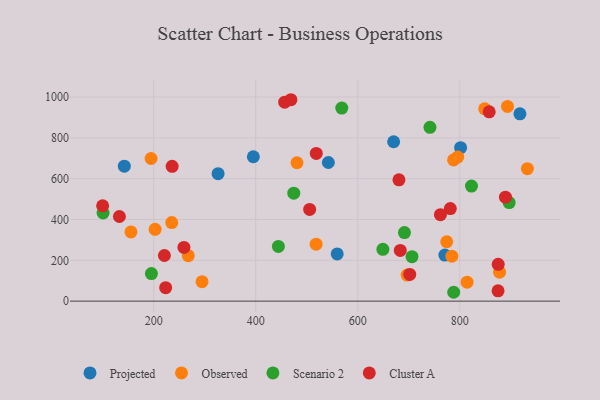
{"axis": {"x": "Ad Spend", "y": "Sales"}, "legend": ["Cluster A", "Observed", "Projected", "Scenario 2"], "data": [{"x": "395.3", "y": 707.3, "type": "Projected"}, {"x": "918.0", "y": 917.5, "type": "Projected"}, {"x": "559.7", "y": 231.3, "type": "Projected"}, {"x": "542.4", "y": 679.2, "type": "Projected"}, {"x": "670.4", "y": 780.9, "type": "Projected"}, {"x": "801.7", "y": 751.8, "type": "Projected"}, {"x": "770.8", "y": 225.9, "type": "Projected"}, {"x": "326.2", "y": 624.5, "type": "Projected"}, {"x": "142.3", "y": 661.1, "type": "Projected"}, {"x": "787.9", "y": 691.7, "type": "Observed"}, {"x": "155.4", "y": 339.0, "type": "Observed"}, {"x": "480.9", "y": 678.0, "type": "Observed"}, {"x": "294.7", "y": 95.5, "type": "Observed"}, {"x": "696.9", "y": 127.6, "type": "Observed"}, {"x": "518.4", "y": 279.0, "type": "Observed"}, {"x": "784.6", "y": 220.5, "type": "Observed"}, {"x": "932.6", "y": 649.0, "type": "Observed"}, {"x": "194.8", "y": 698.8, "type": "Observed"}, {"x": "893.6", "y": 954.1, "type": "Observed"}, {"x": "814.4", "y": 92.7, "type": "Observed"}, {"x": "848.9", "y": 942.3, "type": "Observed"}, {"x": "267.7", "y": 222.5, "type": "Observed"}, {"x": "796.0", "y": 705.6, "type": "Observed"}, {"x": "878.1", "y": 142.1, "type": "Observed"}, {"x": "202.7", "y": 351.8, "type": "Observed"}, {"x": "235.3", "y": 385.1, "type": "Observed"}, {"x": "774.5", "y": 291.0, "type": "Observed"}, {"x": "444.4", "y": 267.9, "type": "Scenario 2"}, {"x": "649.3", "y": 254.0, "type": "Scenario 2"}, {"x": "195.5", "y": 134.8, "type": "Scenario 2"}, {"x": "896.9", "y": 483.1, "type": "Scenario 2"}, {"x": "691.6", "y": 335.9, "type": "Scenario 2"}, {"x": "568.7", "y": 945.9, "type": "Scenario 2"}, {"x": "741.6", "y": 851.6, "type": "Scenario 2"}, {"x": "788.1", "y": 43.4, "type": "Scenario 2"}, {"x": "823.0", "y": 563.8, "type": "Scenario 2"}, {"x": "100.7", "y": 431.9, "type": "Scenario 2"}, {"x": "474.6", "y": 528.8, "type": "Scenario 2"}, {"x": "706.4", "y": 218.0, "type": "Scenario 2"}, {"x": "781.5", "y": 453.3, "type": "Cluster A"}, {"x": "680.8", "y": 594.3, "type": "Cluster A"}, {"x": "762.1", "y": 423.7, "type": "Cluster A"}, {"x": "505.7", "y": 449.5, "type": "Cluster A"}, {"x": "223.4", "y": 65.8, "type": "Cluster A"}, {"x": "875.1", "y": 50.4, "type": "Cluster A"}, {"x": "518.7", "y": 723.8, "type": "Cluster A"}, {"x": "456.8", "y": 974.8, "type": "Cluster A"}, {"x": "236.1", "y": 660.5, "type": "Cluster A"}, {"x": "259.2", "y": 263.1, "type": "Cluster A"}, {"x": "220.9", "y": 223.6, "type": "Cluster A"}, {"x": "889.6", "y": 509.3, "type": "Cluster A"}, {"x": "683.4", "y": 248.6, "type": "Cluster A"}, {"x": "857.8", "y": 927.6, "type": "Cluster A"}, {"x": "469.0", "y": 986.8, "type": "Cluster A"}, {"x": "132.7", "y": 414.7, "type": "Cluster A"}, {"x": "99.8", "y": 467.2, "type": "Cluster A"}, {"x": "875.4", "y": 180.5, "type": "Cluster A"}, {"x": "702.0", "y": 130.9, "type": "Cluster A"}]}